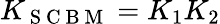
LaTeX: K_{\mathrm{~S~C~B~M~}}=K_{1}K_{2}